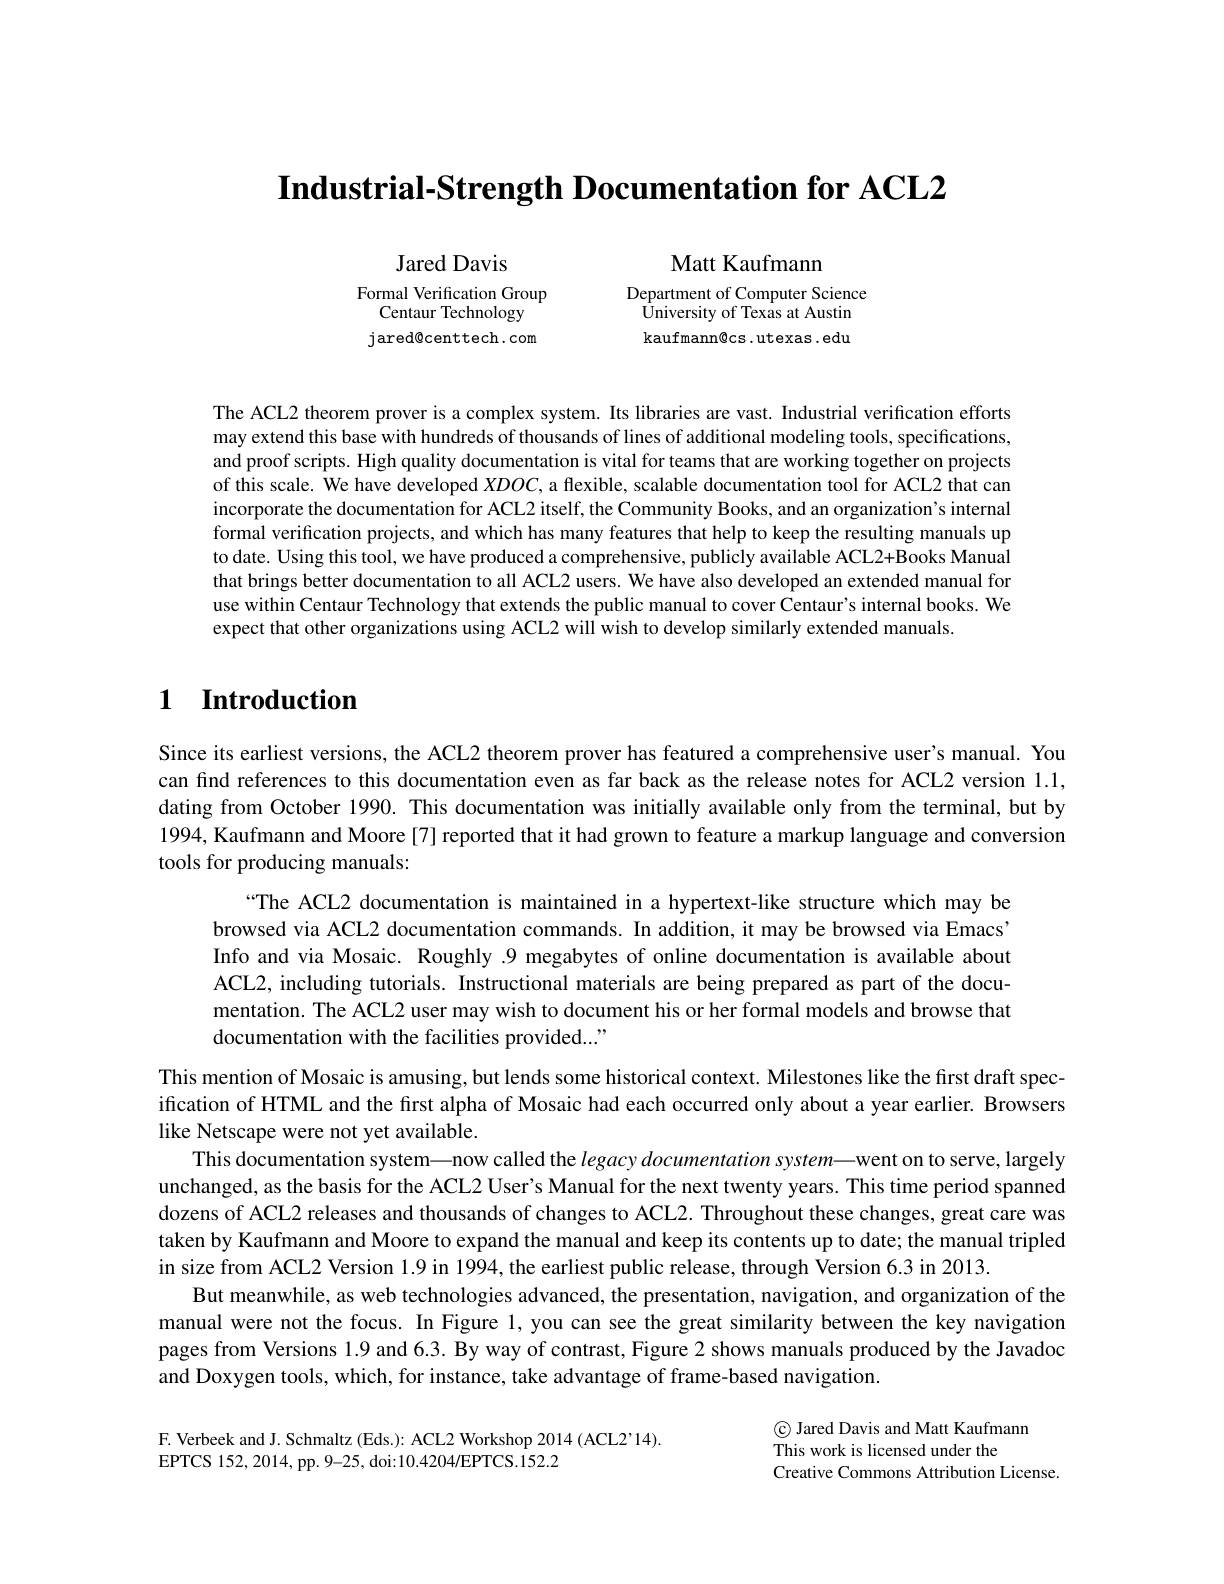
Industrial-Strength Documentation for ACL2

Matt Kaufmann

Jared Davis
Formal Verification Group
Centaur Technology jared@centtech.com

Department of Computer Science University of Texas at Austin kaufmann@cs.utexas.edu

The ACL2 theorem prover is a complex system. Its libraries are vast. Industrial verification efforts may extend this base with hundreds of thousands of lines of additional modeling tools, specifications, and proof scripts. High quality documentation is vital for teams that are working together on projects of this scale. We have developed $XDOC$, a flexible, scalable documentation tool for ACL2 that can incorporate the documentation for ACL2 itself, the Community Books, and an organization's internal formal verification projects, and which has many features that help to keep the resulting manuals up to date. Using this tool, we have produced a comprehensive, publicly available ACL2+Books Manual that brings better documentation to all ACL2 users. We have also developed an extended manual for use within Centaur Technology that extends the public manual to cover Centaur's internal books. We expect that other organizations using ACL2 will wish to develop similarly extended manuals.

## $\textbf{1}$ $\textbf{Introduction}$

Since its earliest versions, the ACL2 theorem prover has featured a comprehensive user's manual. You can find references to this documentation even as far back as the release notes for ACL2 version 1.1, dating from October 1990. This documentation was initially available only from the terminal, but by 1994, Kaufmann and Moore [7] reported that it had grown to feature a markup language and conversion tools for producing manuals:
“The ACL2 documentation is maintained in a hypertext-like structure which may be browsed via ACL2 documentation commands. In addition, it may be browsed via Emacs' Info and via Mosaic. Roughly .9 megabytes of online documentation is available about ACL2, including tutorials. Instructional materials are being prepared as part of the documentation. The ACL2 user may wish to document his or her formal models and browse that documentation with the facilities provided..."

This mention of Mosaic is amusing, but lends some historical context. Milestones like the first draft specification of HTML and the fırst alpha of Mosaic had each occurred only about a year earlier. Browsers like Netscape were not yet available.
This documentation system—now called the $legacy\textit{documentation system— went on to serve, largely}$ unchanged, as the basis for the ACL2 User's Manual for the next twenty years. This time period spanned dozens of ACL2 releases and thousands of changes to ACL2. Throughout these changes, great care was taken by Kaufmann and Moore to expand the manual and keep its contents up to date; the manual tripled in size from ACL2 Version 1.9 in 1994, the earliest public release, through Version 6.3 in 2013.
But meanwhile, as web technologies advanced, the presentation, navigation, and organization of the manual were not the focus. In Figure 1, you can see the great similarity between the key navigation pages from Versions 1.9 and 6.3. By way of contrast, Figure 2 shows manuals produced by the Javadoc and Doxygen tools, which, for instance, take advantage of frame-based navigation.

F. Verbeek and J. Schmaltz (Eds.): ACL2 Workshop 2014 (ACL2'14).
EPTCS 152, 2014,  pp.  9- 25,  doi: 10. 4204/ EPTCS. 152. 2

C Jared Davis and Matt Kaufmann
This work is licensed under the
Creative Commons Attribution License.